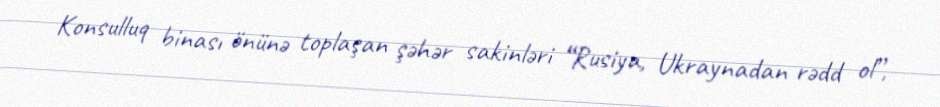
Konsulluq binası önünə toplaşan şəhər sakinləri “Rusiya, Ukraynadan rədd ol”,